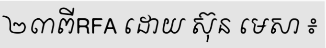
២៣ពីRFA ដោយ ស៊ុន មេសា ៖